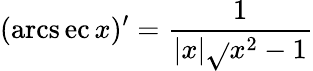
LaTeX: (\operatorname{arcs\mathrm{e}c}x)^{\prime}={\frac{{1}}{{|x|{\sqrt{}{{x^{2}-1}}}}}}